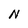
Character: N